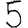
Digit: 5